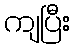
ကျပြီး